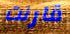
قارنت